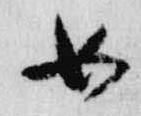
女